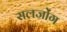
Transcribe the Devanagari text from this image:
सलजोंग